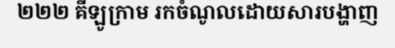
២២២ គីឡូក្រាម រកចំណូលដោយសារបង្ហាញ